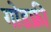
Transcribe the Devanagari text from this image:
गोडफ्री